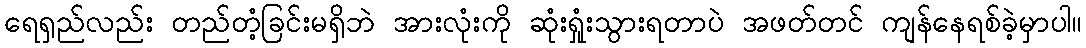
ရေရှည်လည်း တည်တံ့ခြင်းမရှိဘဲ အားလုံးကို ဆုံးရှုံးသွားရတာပဲ အဖတ်တင် ကျန်နေရစ်ခဲ့မှာပါ။